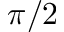
\pi / 2